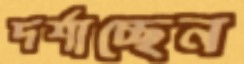
দর্শাচ্ছেন